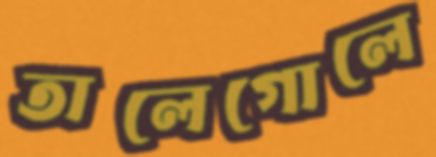
তালেগোলে